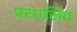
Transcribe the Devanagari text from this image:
प्रसासित